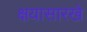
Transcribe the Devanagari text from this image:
क्षयासारखे